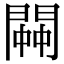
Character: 𨵓